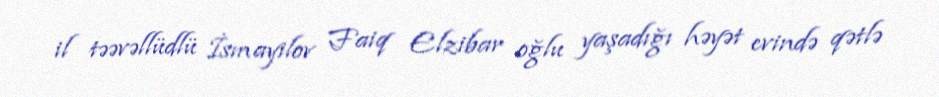
il təəvəllüdlü İsmayilov Faiq Elzibar oğlu yaşadığı həyət evində qətlə